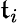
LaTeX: \mathfrak{t}_{i}